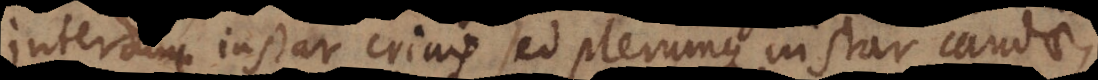
interdum instar crinis sed plerumque instar caudae,